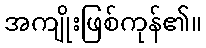
အကျိုးဖြစ်ကုန်၏။